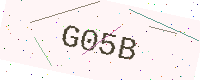
Text: G05B